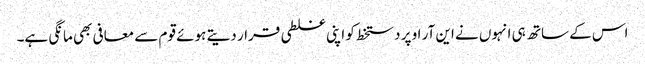
اس کے ساتھ ہی انہوں نے این آر او پر دستخط کو اپنی غلطی قرار دیتے ہوئے قوم سے معافی بھی مانگی ہے۔